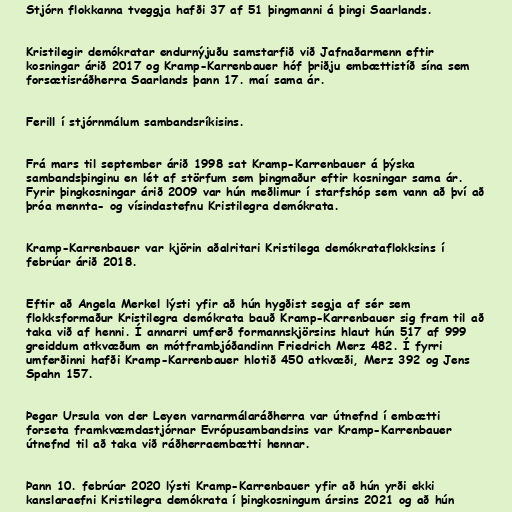
Stjórn flokkanna tveggja hafði 37 af 51 þingmanni á þingi Saarlands.

Kristilegir demókratar endurnýjuðu samstarfið við Jafnaðarmenn eftir
kosningar árið 2017 og Kramp-Karrenbauer hóf þriðju embættistíð sína sem
forsætisráðherra Saarlands þann 17. maí sama ár.

Ferill í stjórnmálum sambandsríkisins.

Frá mars til september árið 1998 sat Kramp-Karrenbauer á þýska
sambandsþinginu en lét af störfum sem þingmaður eftir kosningar sama ár.
Fyrir þingkosningar árið 2009 var hún meðlimur í starfshóp sem vann að því að
þróa mennta- og vísindastefnu Kristilegra demókrata.

Kramp-Karrenbauer var kjörin aðalritari Kristilega demókrataflokksins í
febrúar árið 2018.

Eftir að Angela Merkel lýsti yfir að hún hygðist segja af sér sem
flokksformaður Kristilegra demókrata bauð Kramp-Karrenbauer sig fram til að
taka við af henni. Í annarri umferð formannskjörsins hlaut hún 517 af 999
greiddum atkvæðum en mótframbjóðandinn Friedrich Merz 482. Í fyrri
umferðinni hafði Kramp-Karrenbauer hlotið 450 atkvæði, Merz 392 og Jens
Spahn 157.

Þegar Ursula von der Leyen varnarmálaráðherra var útnefnd í embætti
forseta framkvæmdastjórnar Evrópusambandsins var Kramp-Karrenbauer
útnefnd til að taka við ráðherraembætti hennar.

Þann 10. febrúar 2020 lýsti Kramp-Karrenbauer yfir að hún yrði ekki
kanslaraefni Kristilegra demókrata í þingkosningum ársins 2021 og að hún